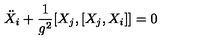
\ddot { X } _ { i } + \frac { 1 } { g ^ { 2 } } [ X _ { j } , [ X _ { j } , X _ { i } ] ] = 0